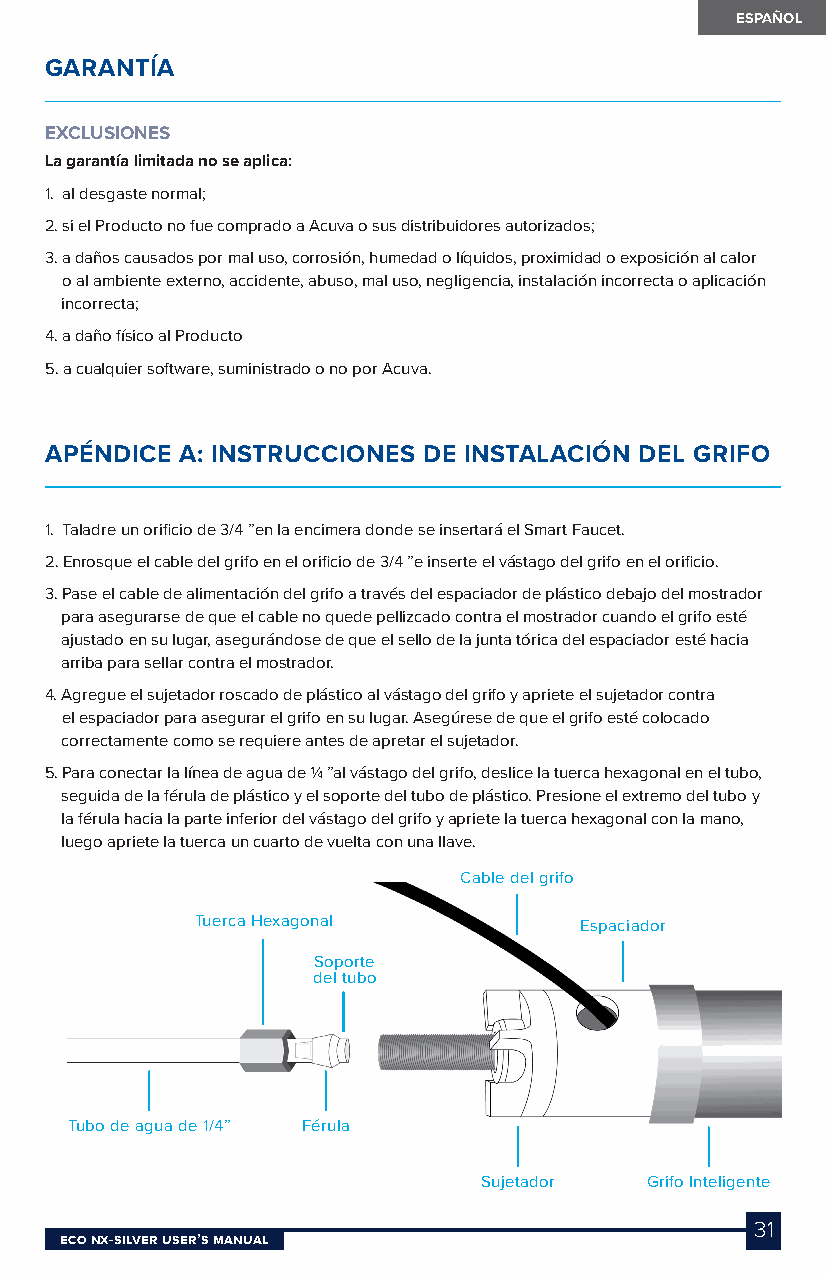
ESPAÑOL
 GARANTÍA
 EXCLUSIONES
 La garantía limitada no se aplica:
 1. al desgaste normal;
 2. si el Producto no fue comprado a Acuva o sus distribuidores autorizados;
 3. a daños causados por mal uso, corrosión, humedad o líquidos, proximidad o exposición al calor
 o al ambiente externo, accidente, abuso, mal uso, negligencia, instalación incorrecta o aplicación
 incorrecta;
 4. a daño físico al Producto
 5. a cualquier software, suministrado o no por Acuva.
 APÉNDICE A: INSTRUCCIONES DE INSTALACIÓN DEL GRIFO
 1. Taladre un orificio de 3/4 ”en la encimera donde se insertará el Smart Faucet.
 2. Enrosque el cable del grifo en el orificio de 3/4 ”e inserte el vástago del grifo en el orificio.
 3. Pase el cable de alimentación del grifo a través del espaciador de plástico debajo del mostrador
 para asegurarse de que el cable no quede pellizcado contra el mostrador cuando el grifo esté
 ajustado en su lugar, asegurándose de que el sello de la junta tórica del espaciador esté hacia
 arriba para sellar contra el mostrador.
 4. Agregue el sujetador roscado de plástico al vástago del grifo y apriete el sujetador contra
 el espaciador para asegurar el grifo en su lugar. Asegúrese de que el grifo esté colocado
 correctamente como se requiere antes de apretar el sujetador.
 5. Para conectar la línea de agua de ¼ ”al vástago del grifo, deslice la tuerca hexagonal en el tubo,
 seguida de la férula de plástico y el soporte del tubo de plástico. Presione el extremo del tubo y
 la férula hacia la parte inferior del vástago del grifo y apriete la tuerca hexagonal con la mano,
 luego apriete la tuerca un cuarto de vuelta con una llave.
 Cable del grifo
 Tuerca Hexagonal         Espaciador
 Soporte
 del tubo
 Tubo de agua de 1/4” Férula
 Sujetador  Grifo Inteligente
 31
 Eco NX-SilvEr USEr’S MaNUal